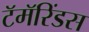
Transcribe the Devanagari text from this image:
टॅमॅरिंडस